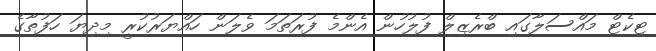
ޓިކެޓް މައްސަލާގައި ބްރެޒިލް ފުލުހުން އެންމެ ފުރަތަމަ ވެލަން ހައްޔަރުކުރީ މިދިޔަ ހަފުތާގެ